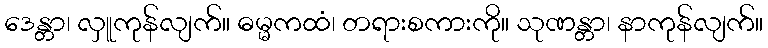
ဒေန္တာ၊ လှူကုန်လျက်။ ဓမ္မကထံ၊ တရားစကားကို။ သုဏန္တာ၊ နာကုန်လျက်။